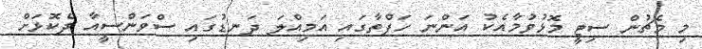
މި މެޗުން ސިޓީ މޮޅުވުމާއެކު އަންނަ ހަފްތާގައި އަމިއްލަ ދަނޑުގައި ސްވަންސީއާ ދެކޮޅަށް